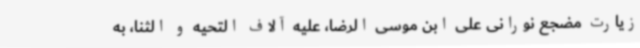
زیارت مضجع نورانی علی ابن موسی الرضا، علیه آلاف التحیه و الثنا، به